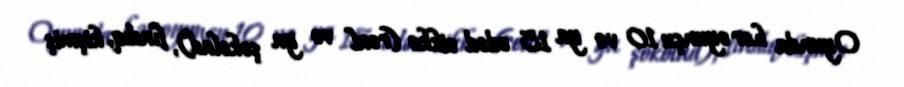
Oyunda hər oyunçu 10 və ya 15 ədəd sikkə (real və ya şokolad), fındıq, kişmiş